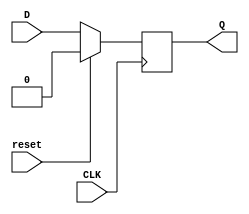
`timescale 1 ns / 1 ns
module register(reset, CLK, D, Q);
input reset;
input CLK;
parameter width = 1; // Default size is 1 bit 
input [width-1:0] D;
output [width-1:0] Q;
reg [width-1:0] Q;
always @(posedge CLK)
begin
if (reset)
Q = 0;
else
Q = D;
end
endmodule